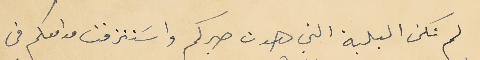
لم تكن البلية التي هدت صبركم واسَتنزفت مدامعكم في